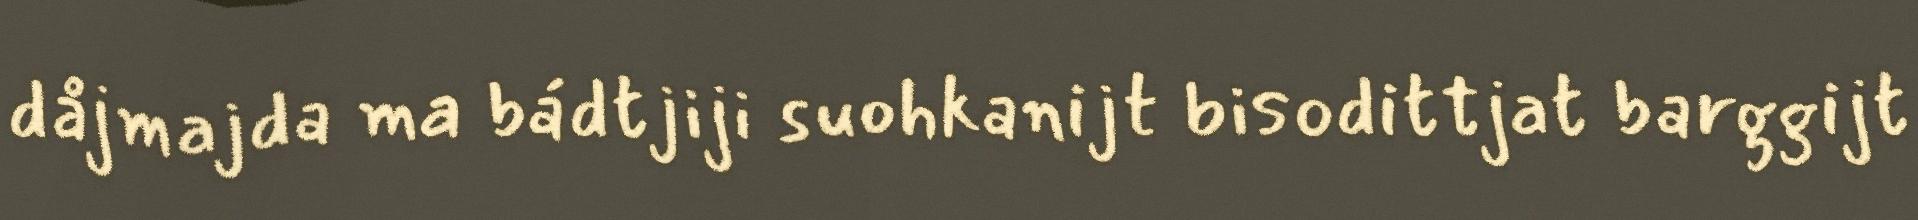
dåjmajda ma bádtjiji suohkanijt bisodittjat barggijt